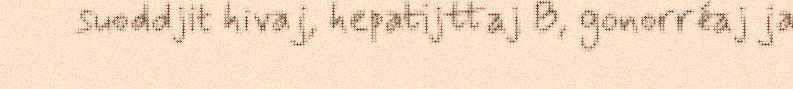
suoddjit hivaj, hepatijttaj B, gonorréaj ja